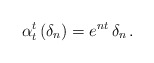
\begin{align*}\alpha_t^t \, (\delta_n) = e^{nt} \, \delta_n \, . \end{align*}